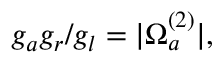
g _ { a } g _ { r } / g _ { l } = | \Omega _ { a } ^ { ( 2 ) } | ,